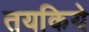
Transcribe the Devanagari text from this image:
तयकिये